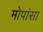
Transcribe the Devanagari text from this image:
मोपांसा